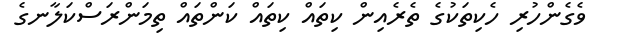
ވެގެންހުރި ހެކިތަކުގެ ތެރެއިން ކިިތައް ކިތައް ކަންތައް ތިމަންރަސްކަލާނގެ